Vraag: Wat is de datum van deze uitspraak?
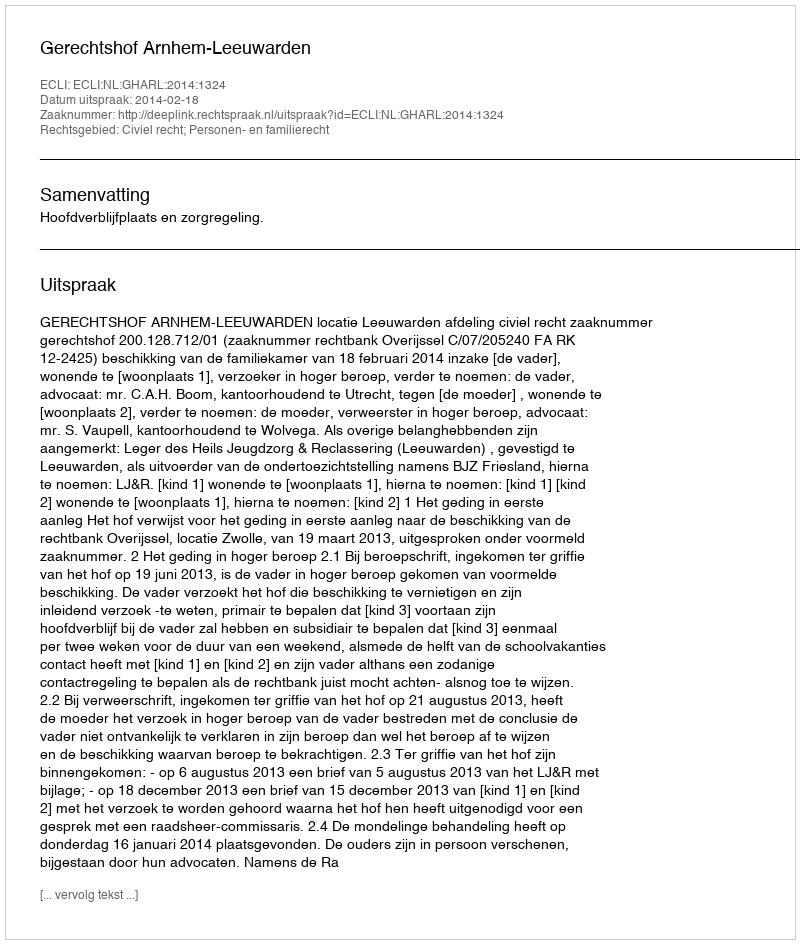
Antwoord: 2014-02-18